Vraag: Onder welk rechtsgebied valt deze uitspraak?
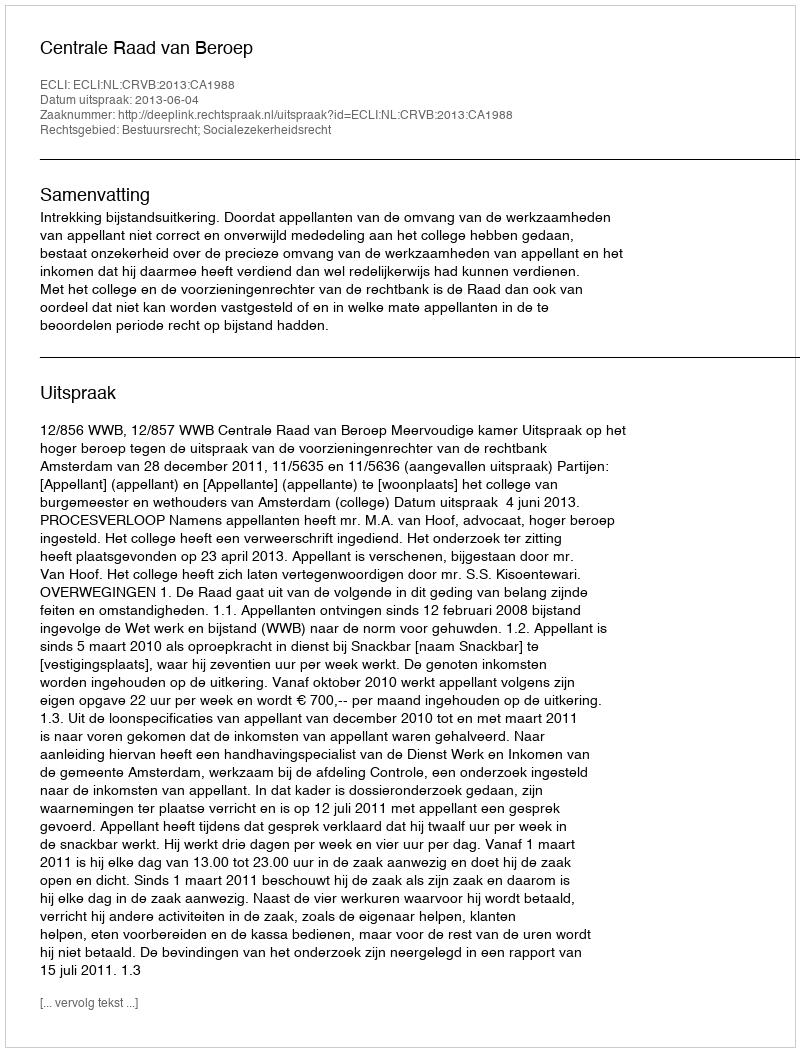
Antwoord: Bestuursrecht; Socialezekerheidsrecht